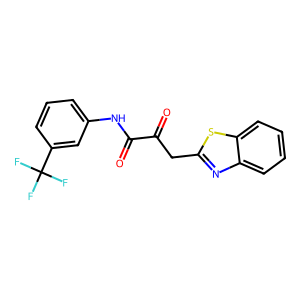
SMILES: O=C(Cc1nc2ccccc2s1)C(=O)Nc1cccc(C(F)(F)F)c1
Inhibits HIV replication: No